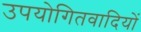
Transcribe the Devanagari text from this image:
उपयोगितवादियों